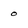
Character: o